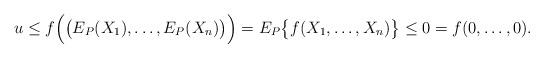
LaTeX: \begin{gather*}u\leq f\Bigl(\bigl(E_P(X_1),\ldots,E_P(X_n)\bigr)\Bigr)=E_P\bigl\{f(X_1,\ldots,X_n)\bigr\}\leq 0=f(0,\ldots,0).\end{gather*}